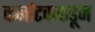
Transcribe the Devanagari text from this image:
कर्नाटककडून